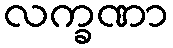
လက္ခဏာ